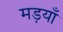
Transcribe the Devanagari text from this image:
मड़याँ